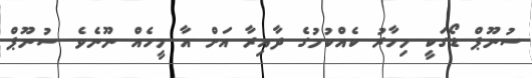
ސުނޫޕް ޑޯގަކީ މިހާރު ކެއްކުމުގެ ދާއިރާ އަށް އާ މީހެއް ނޫނެވެ. ސުނޫޕް